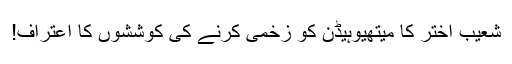
شعیب اختر کا میتھیوہیڈن کو زخمی کرنے کی کوششوں کا اعتراف!